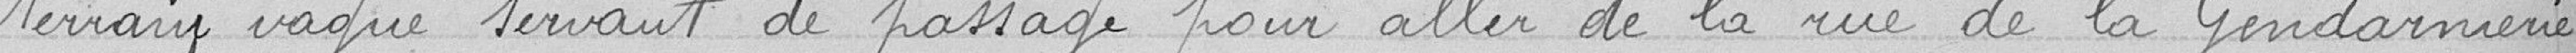
terrain vague servant de passage pour aller de la rue de la Gendarmerie